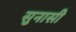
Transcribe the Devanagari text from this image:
सुनासी